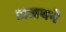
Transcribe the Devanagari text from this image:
अजयने